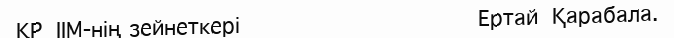
ҚР  IIМ-нің зейнеткері                                  Ертай  Қарабала.